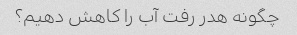
چگونه هدر رفت آب را کاهش دهیم؟